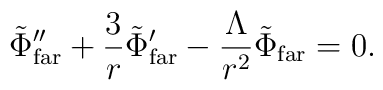
\tilde \Phi_{\rm far}'' + {3 \over r} \tilde \Phi_{\rm far}' - {\Lambda \over r^2} \tilde \Phi_{\rm far}=0.